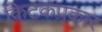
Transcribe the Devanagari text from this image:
किटकप्रकार